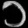
Digit: ၁